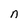
Character: n